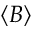
\left< \boldsymbol { B } \right>